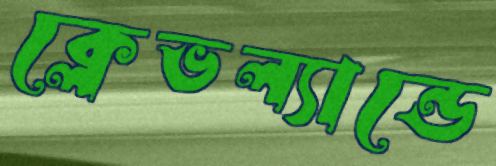
ক্লেভল্যান্ডে